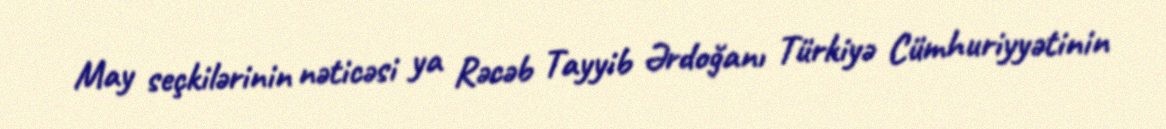
May seçkilərinin nəticəsi ya Rəcəb Tayyib Ərdoğanı Türkiyə Cümhuriyyətinin